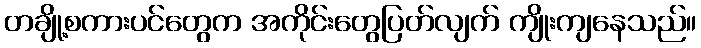
တချို့စကားပင်တွေက အကိုင်းတွေပြတ်လျက် ကျိုးကျနေသည်။